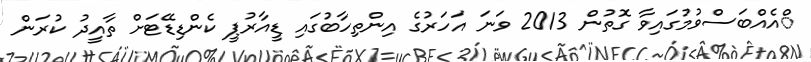
ްއެއްބަސްވުމުގައިވާ ގޮތުން 2013 ވަނަ އަހަރުގެ އިންތިހާބުގައި ޑީއާރުޕީ ކެންޑިޑޭޓަށް ތާއީދު ކުރަން